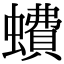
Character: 𧑈